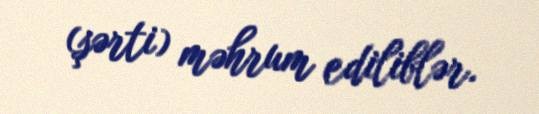
(şərti) məhrum ediliblər.